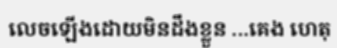
លេចឡើងដោយមិនដឹងខ្លួន ...គេង ហេតុ